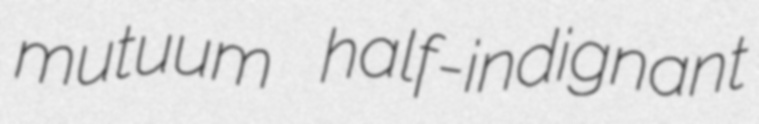
mutuum half-indignant